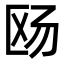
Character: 𪟮